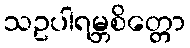
သဥပါရမ္ဘစိတ္တော